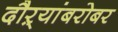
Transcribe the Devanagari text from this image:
दौऱ्यांबरोबर